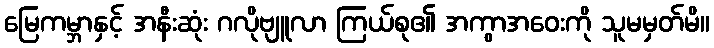
မြေကမ္ဘာနှင့် အနီးဆုံး ဂလိုဗျူလာ ကြယ်စု၏ အကွာအဝေးကို သူမမှတ်မိ။